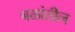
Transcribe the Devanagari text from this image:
बळांतील